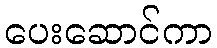
ပေးဆောင်ကာ